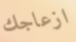
ازعاجك